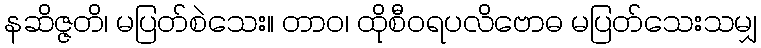
နဆိဇ္ဇတိ၊ မပြတ်စဲသေး။ တာဝ၊ ထိုစီဝရပလိဗောဓ မပြတ်သေးသမျှ